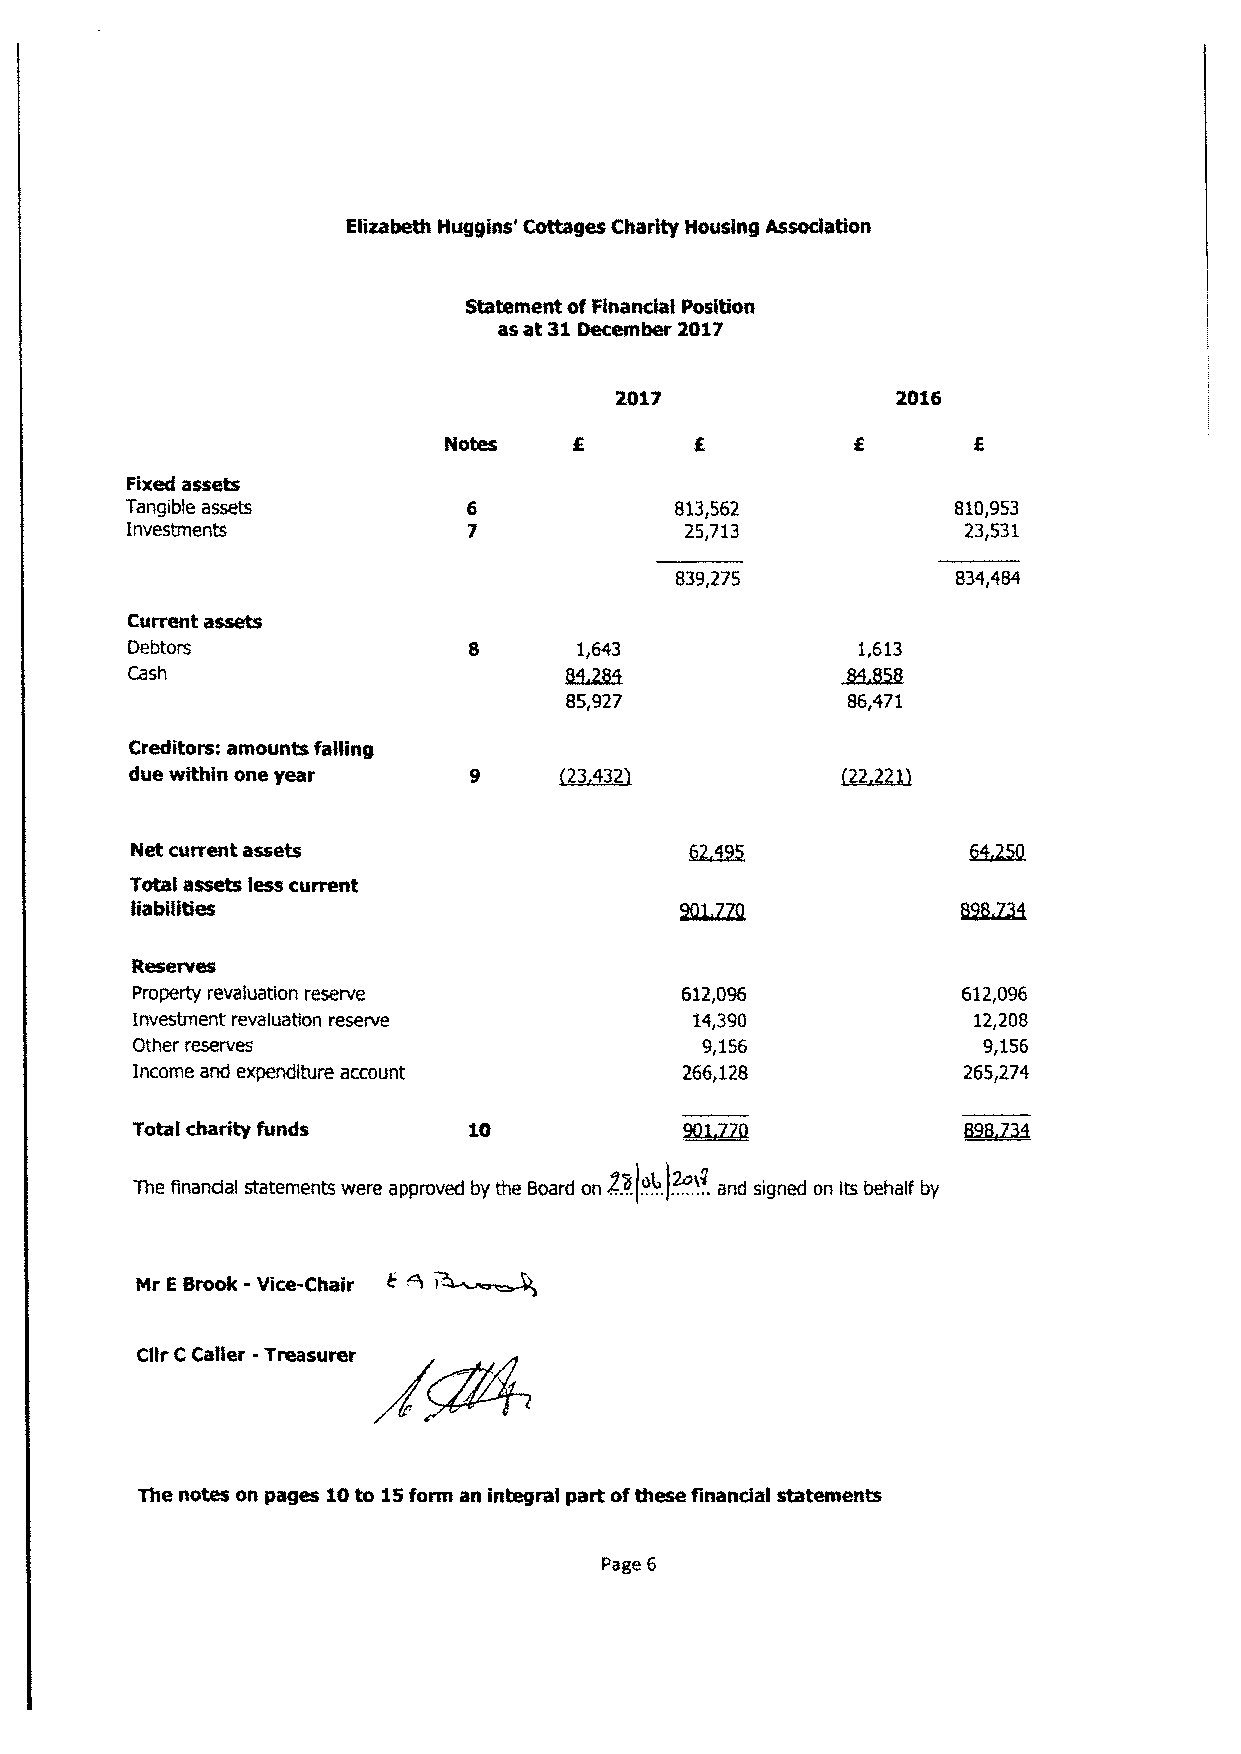
~ation
 Elizabeth Huggins' Cottages Charity Housing
 Statement ofFinancial position
 as at 31December 2017
 2017              2016
 Fixed assets
 Tangible assets                      813,562           810,953
 Investments                          25,713             23,531
 839,275           834,484
 Current assets
 Debtors                       1,643              1,613
 Cash
 85,927             86,471
 Creditors: amounts falling
 due within one year
 Net current assets
 Total assets less current
 liabilities
 Reserves
 Property revaluation reserve        612,096            612,096
 Investment revaluation reserve       14,390            12,208
 Other reserves                       9,156              9,156
 Income and expenditure account      266,128            265,274
 Total charity funds
 The financier statements were approved by the Board
 on@(ob.)~t.
 . and signed on its behafr by
 -
 Nr EBrook Vice-Chair
 Cllr CCaller -Treasurer
 The notes on pages 10to 15form an integral part ofthese finandal statements
 Page 6